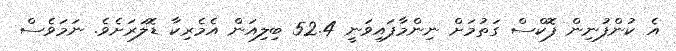
އެ ކުންފުނިން ފޮކްސް ގަތުމަށް ނިންމާފައިވަނީ 52.4 ބިލިއަން އެމެރިކާ ޑޮލަރަށެވެ. ނަމަވެސް